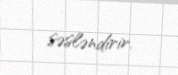
səsləndirir.